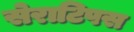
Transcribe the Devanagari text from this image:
सेराटिपस